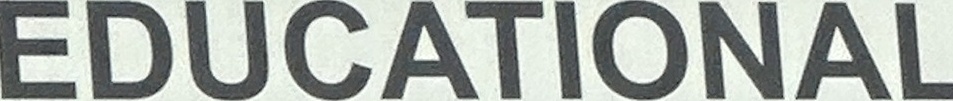
EDUCATIONAL